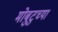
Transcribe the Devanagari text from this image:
मोबुटुच्या